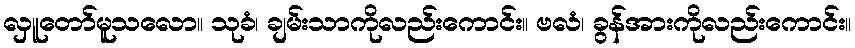
လှူတော်မူသလော။ သုခံ၊ ချမ်းသာကိုလည်းကောင်း။ ဗလံ၊ ခွန်အားကိုလည်းကောင်း။